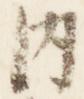
内